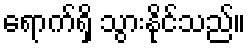
ရောက်ရှိ သွားနိုင်သည်။